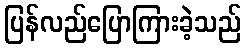
ပြန်လည်ပြောကြားခဲ့သည်